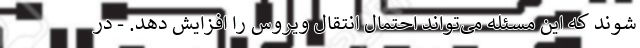
شوند که این مسئله می‌تواند احتمال انتقال ویروس را افزایش دهد. - در